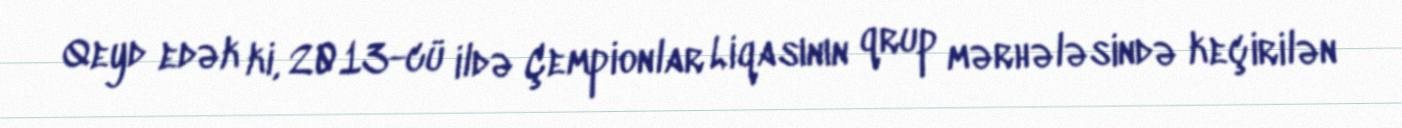
Qeyd edək ki, 2013-cü ildə Çempionlar Liqasının qrup mərhələsində keçirilən